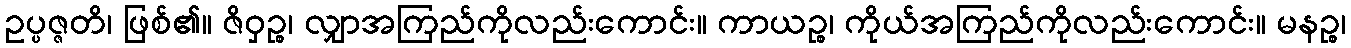
ဥပ္ပဇ္ဇတိ၊ ဖြစ်၏။ ဇိဝှဉ္စ၊ လျှာအကြည်ကိုလည်းကောင်း။ ကာယဉ္စ၊ ကိုယ်အကြည်ကိုလည်းကောင်း။ မနဉ္စ၊